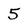
Character: 5